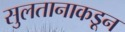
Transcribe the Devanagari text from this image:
सुलतानाकडून